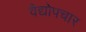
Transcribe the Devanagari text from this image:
वैद्योपचार